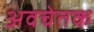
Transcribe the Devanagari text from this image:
अवचेतक